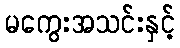
မကွေးအသင်းနှင့်